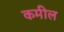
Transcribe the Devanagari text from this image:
कमील